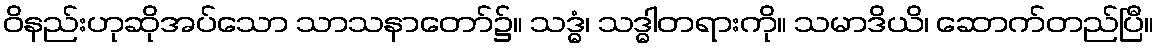
ဝိနည်းဟုဆိုအပ်သော သာသနာတော်၌။ သဒ္ဓံ၊ သဒ္ဓါတရားကို။ သမာဒိယိ၊ ဆောက်တည်ပြီ။